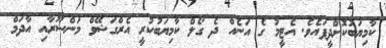
ކާމިޔަބުކޮށްދީފައެެވެ. އެޓީމު ގެ އަނެއް ދެ ގޯލް ކާމިޔަބުކުރީ އެރްގަޝޭވް މަންސޫރާއި އާދަމް